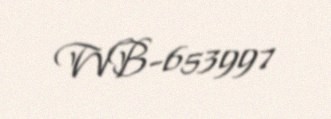
WB-653997